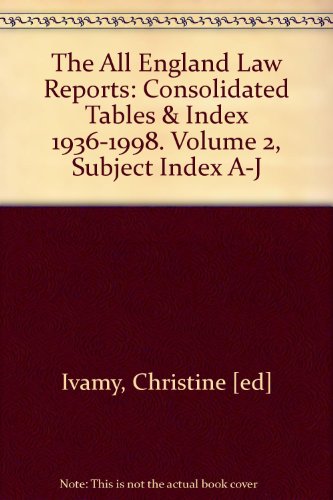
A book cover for The All England Law Reports: Consolidated Tables & Index 1936-1998. Volume 2, Subject Index A-J; Christine [ed] Ivamy; Law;